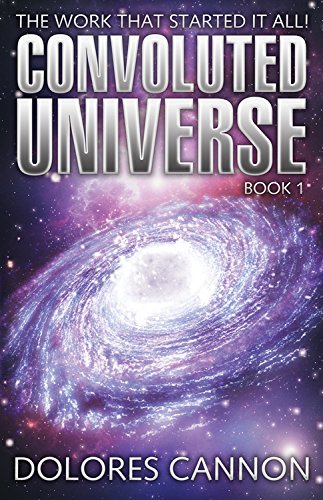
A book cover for The Convoluted Universe: Book One; Dolores Cannon; Science & Math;